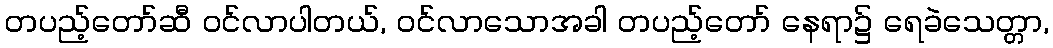
တပည့်တော်ဆီ ဝင်လာပါတယ်, ဝင်လာသောအခါ တပည့်တော် နေရာ၌ ရေခဲသေတ္တာ,